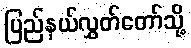
ပြည်နယ်လွှတ်တော်သို့